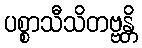
ပစ္စာသီသိတဗ္ဗန္တိ